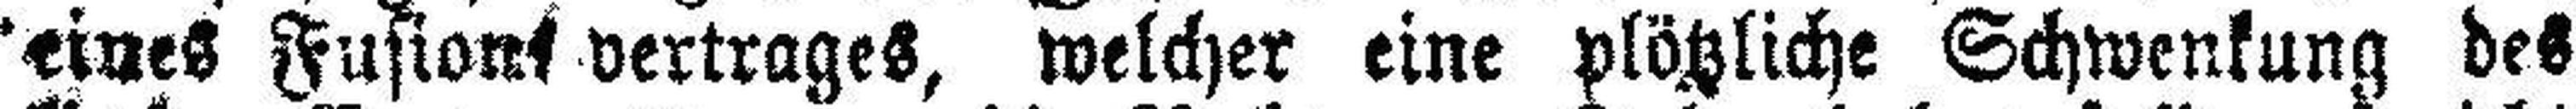
eines Fusions vertrages, welcher eine plötzliche Schwenkung des